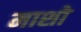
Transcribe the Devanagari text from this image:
माशो